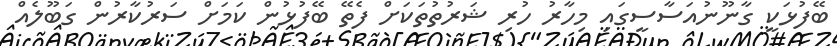
ބޭފުޅަކީ ގާނޫނުއަސާސީގައި މިހާރު ހުރި ޝަރުތުތަކަށް ފެތޭ ބޭފުޅުން ކަމަށް ސަރުކާރުން ގަބޫލެއް